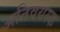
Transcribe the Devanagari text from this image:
अतिवयस्क